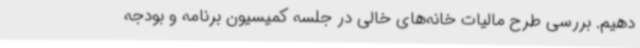
دهیم. بررسی طرح مالیات خانه‌های خالی در جلسه کمیسیون برنامه و بودجه